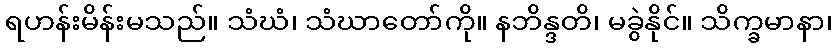
ရဟန်းမိန်းမသည်။ သံဃံ၊ သံဃာတော်ကို။ နဘိန္ဒတိ၊ မခွဲနိုင်။ သိက္ခမာနာ၊